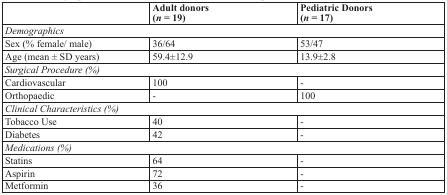
|  | Adult donors (n = 19) | Pediatric Donors (n = 17) |
 | --- | --- | --- |
 | <COLSPAN=3> Demographics |
 | Sex (% female/male) | 36/64 | 53/47 |
 | Age (mean ± SD years) | 59.4±12.9 | 13.9±2.8 |
 | <COLSPAN=3> Surgical Procedure (%) |
 | Cardiovascular | 100 | - |
 | Orthopaedic | - | 100 |
 | <COLSPAN=3> Clinical Characteristics (%) |
 | Tobacco Use | 40 | - |
 | Diabetes | 42 | - |
 | <COLSPAN=3> Medications (%) |
 | Statins | 64 | - |
 | Aspirin | 72 | - |
 | Metformin | 36 | - |